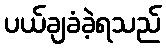
ပယ်ချခံခဲ့ရသည်